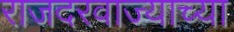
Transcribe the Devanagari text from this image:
राजदरवाज्याच्या